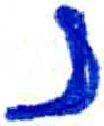
אות: נ